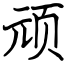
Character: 顽